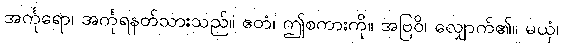
အင်္ကုရော၊ အင်္ကုရနတ်သားသည်။ ဧတံ၊ ဤစကားကို။ အဗြဝိ၊ လျှောက်၏။ မယှံ၊